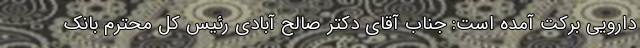
دارویی برکت آمده است: جناب آقای دکتر صالح آبادی رئیس کل محترم بانک